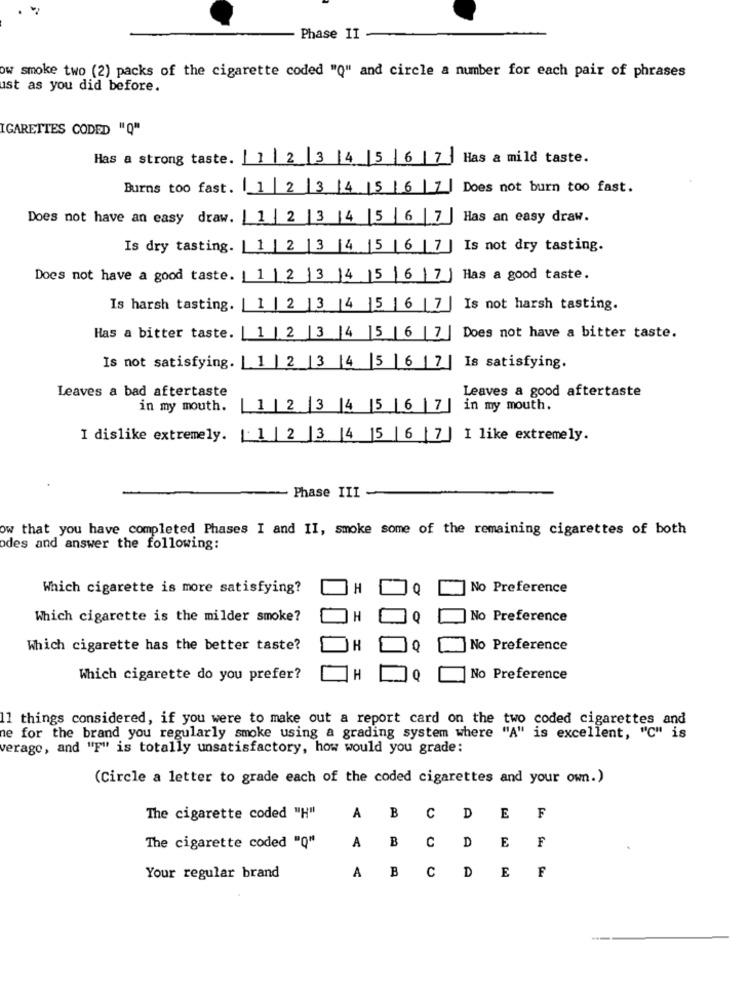
Phase II
ow smoke two (2) packs of the cigarette coded "Q" and circle a number for each pair of phrases
ust as you did before.
IGARETTES CODED "Q"
Has a strong taste.
12 3 4 5 6 7
Has a mild taste.
Burns too fast. [ 1 23456 7 Does not burn too fast.
Does not have an easy draw. | 1 2 3 4 5 6 7
Has an easy draw.
Is dry tasting. | 1 | 2 |3 |4 |5 |6 | 7 | Is not dry tasting.
Does not have a good taste. [1/2 /3 /4 5 6 7 Has a good taste.
Is harsh tasting. | 1| 2/ 3 |4 |5 6
7 | Is not harsh tasting.
Has a bitter taste. | 1 | 2 |3 |4 |5 |6 |7 | Does not have a bitter taste.
Is not satisfying. | 1 | 2 |3 |4 5 |6 |7 | Is satisfying.
Leaves a bad aftertaste
Leaves a good aftertaste
in my mouth.
1 |2 3 4 5 |6 |7
in my mouth.
I dislike extremely. 1 2 3 4 5 6 7 I like extremely.
Phase III
ow that you have completed Phases I and II, smoke some of the remaining cigarettes of both
odes and answer the following:
Which cigarette is more satisfying?
H
0
No Preference
Which cigarette is the milder smoke?
H
No Preference
Which cigarette has the better taste?
H
No Preference
Which cigarette do you prefer?
No Preference
11 things considered, if you were to make out a report card on the two coded cigarettes and
e for the brand you regularly smoke using a grading system where "A" is excellent, "C" is
verago, and "F" is totally unsatisfactory, how would you grade:
(Circle a letter to grade each of the coded cigarettes and your own.)
The cigarette coded "H"
A B
CD
E
F
A
B
C
D
E
The cigarette coded "Q"
A
B
C
E
Your regular brand
F